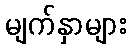
မျက်နှာများ